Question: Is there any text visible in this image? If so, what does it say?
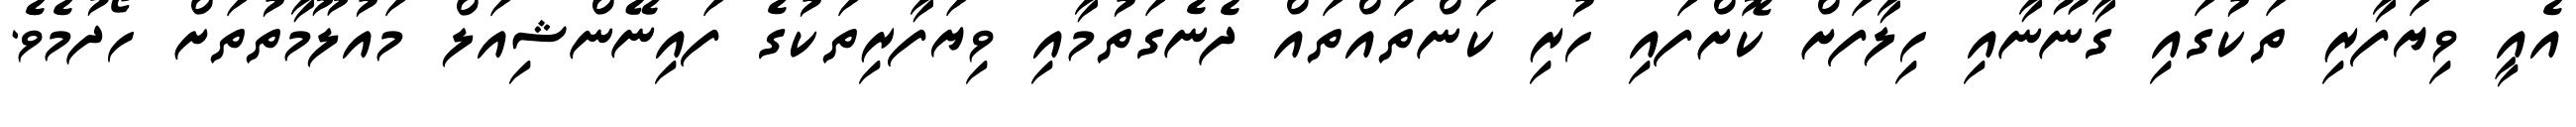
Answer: އެއީ ވިޔަފާރި ތަކުގައި ގާނޫނާއި ހިލާފަށް ކޮށްފައި ހުރި ކަންތައްތައް ދެނެގަތުމާއި ވިޔަފާރިތަކުގެ ފައިނޭންޝިއަލް މައުލޫމާތުތަށް ހޯދުމެވެ.